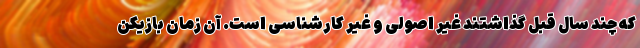
که چند سال قبل گذاشتند غیر اصولی و غیر کارشناسی است. آن زمان بازیکن